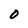
Character: 0